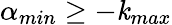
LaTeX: \alpha_{min}\geq-\mathit{k}_{max}